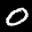
Label: 0